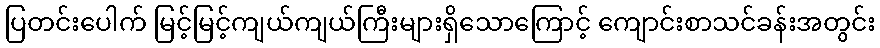
ပြတင်းပေါက် မြင့်မြင့်ကျယ်ကျယ်ကြီးများရှိသောကြောင့် ကျောင်းစာသင်ခန်းအတွင်း